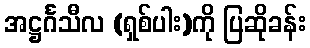
အဋ္ဌင်္ဂသီလ (ရှစ်ပါး)ကို ပြဆိုခန်း